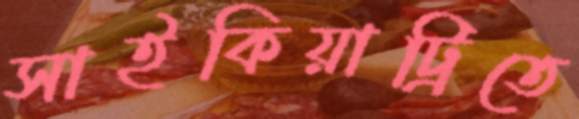
সাইকিয়াট্রিতে